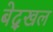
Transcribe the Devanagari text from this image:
बेद्खल